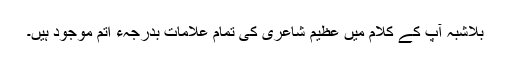
بلاشبہ آپ کے کلام میں عظیم شاعری کی تمام علامات بدرجہء اتم موجود ہیں۔